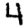
Digit: 4